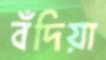
বঁদিয়া